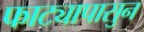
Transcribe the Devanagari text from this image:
फाट्यापासुन